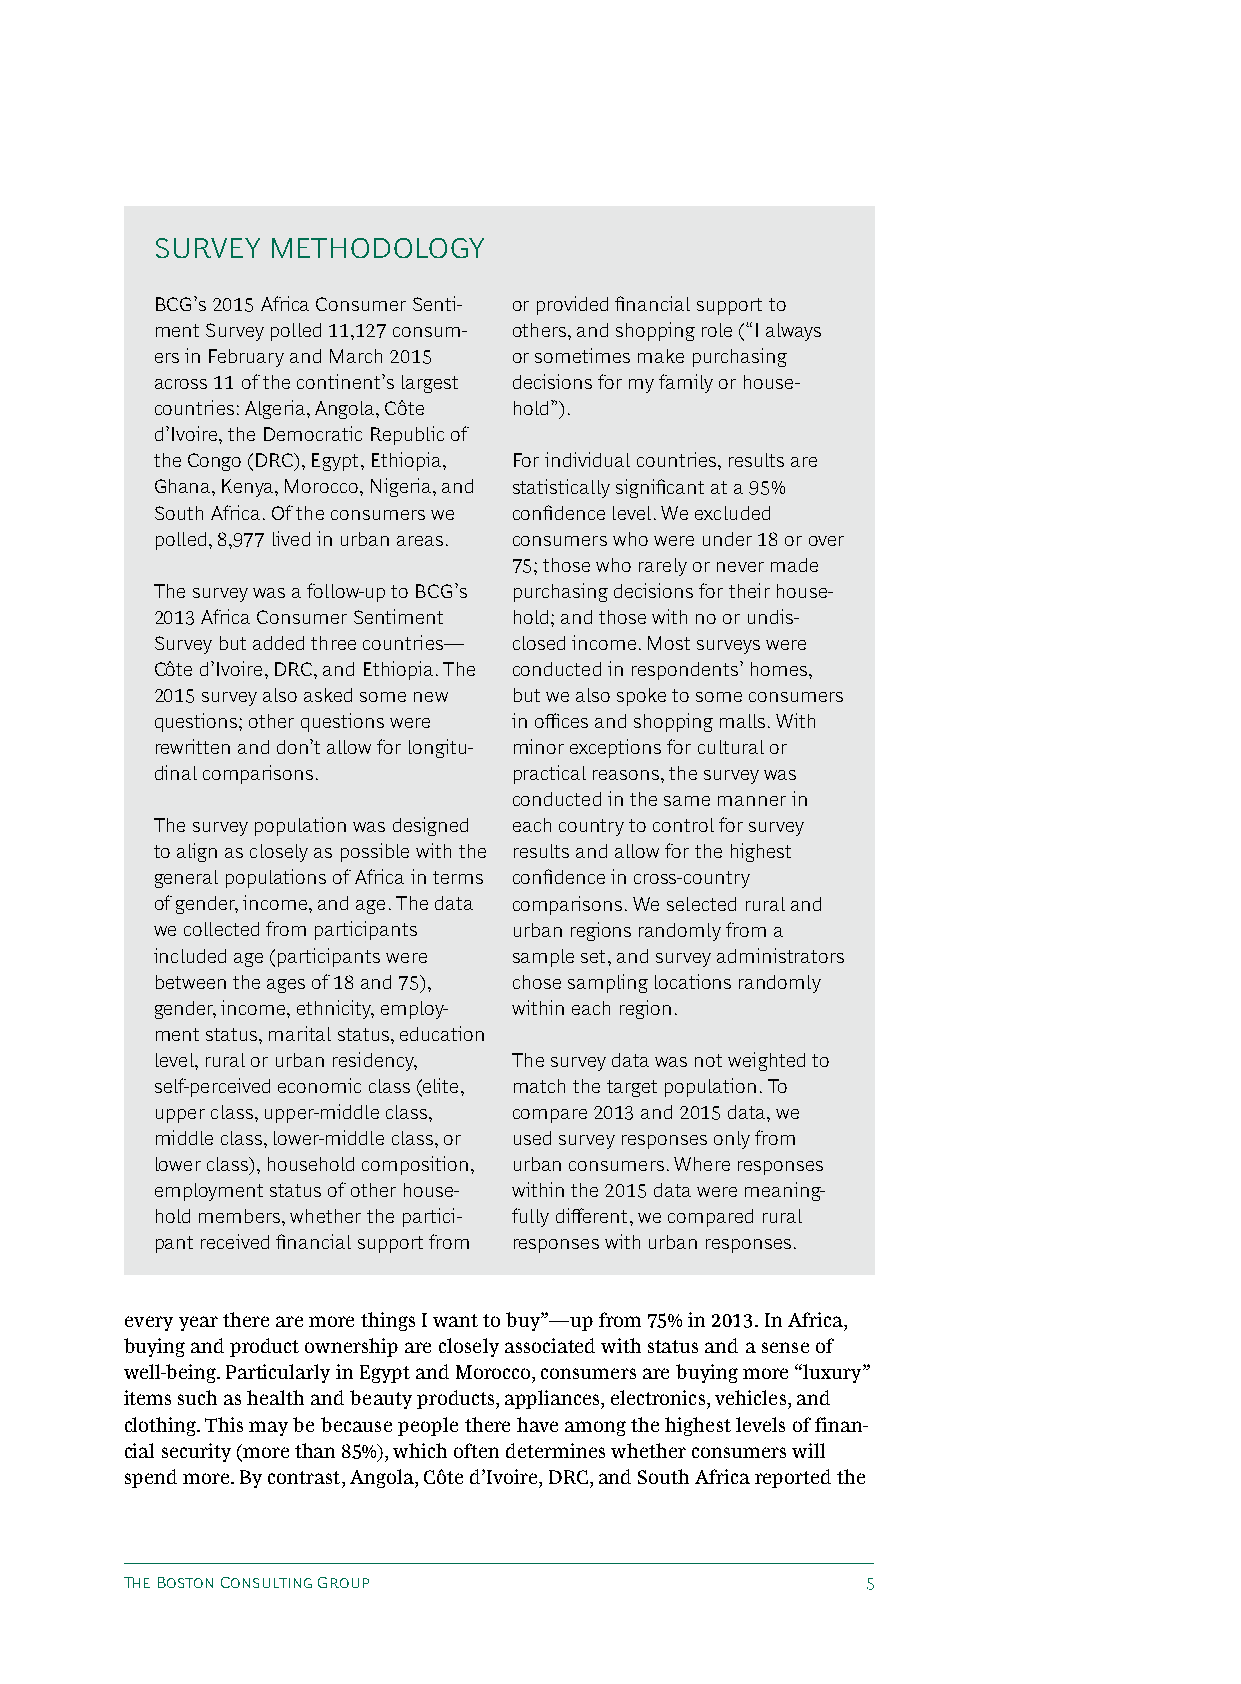
SuRvEy  METhODOLOGy
 BCG’s 2015 Africa Consumer Senti- or provided financial support to
 ment Survey polled 11,127 consum- others, and shopping role (“I always
 ers in February and March 2015 or sometimes make purchasing
 across 11 of the continent’s largest decisions for my family or house-
 countries: Algeria, Angola, Côte hold”).
 d’Ivoire, the Democratic Republic of
 the Congo (DRC), Egypt, Ethiopia, For individual countries, results are
 Ghana, Kenya, Morocco, Nigeria, and statistically significant at a 95%
 South Africa. Of the consumers we confidence level. We excluded
 polled, 8,977 lived in urban areas. consumers who were under 18 or over
 75; those who rarely or never made
 The survey was a follow-up to BCG’s purchasing decisions for their house-
 2013 Africa Consumer Sentiment hold; and those with no or undis-
 Survey but added three countries— closed income. Most surveys were
 Côte d’Ivoire, DRC, and Ethiopia. The conducted in respondents’ homes,
 2015 survey also asked some new but we also spoke to some consumers
 questions; other questions were in offices and shopping malls. With
 rewritten and don’t allow for longitu- minor exceptions for cultural or
 dinal comparisons.      practical reasons, the survey was
 conducted in the same manner in
 The survey population was designed each country to control for survey
 to align as closely as possible with the results and allow for the highest
 general populations of Africa in terms confidence in cross-country
 of gender, income, and age. The data comparisons. We selected rural and
 we collected from participants urban regions randomly from a
 included age (participants were sample set, and survey administrators
 between the ages of 18 and 75), chose sampling locations randomly
 gender, income, ethnicity, employ- within each region.
 ment status, marital status, education
 level, rural or urban residency, The survey data was not weighted to
 self-perceived economic class (elite, match the target population. To
 upper class, upper-middle class, compare 2013 and 2015 data, we
 middle class, lower-middle class, or used survey responses only from
 lower class), household composition, urban consumers. Where responses
 employment status of other house- within the 2015 data were meaning-
 hold members, whether the partici- fully different, we compared rural
 pant received financial support from responses with urban responses.
 every year there are more things I want to buy”—up from 75% in 2013. In Africa,
 buying and product ownership are closely associated with status and a sense of
 well-being. Particularly in Egypt and Morocco, consumers are buying more “luxury”
 items such as health and beauty products, appliances, electronics, vehicles, and
 clothing. This may be because people there have among the highest levels of finan-
 cial security (more than 85%), which often determines whether consumers will
 spend more. By contrast, Angola, Côte d’Ivoire, DRC, and South Africa reported the
 The Boston Consulting Group                      5